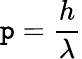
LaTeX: \mathtt{p}={\frac{{h}}{{\lambda}}}